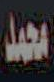
محمد